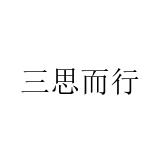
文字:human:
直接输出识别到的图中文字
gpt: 三思而行